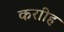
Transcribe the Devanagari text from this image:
कराीह